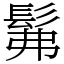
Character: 髴